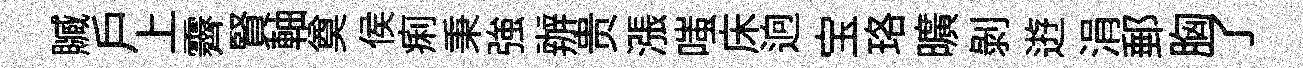
贓戶上霽賢軸奠侯痢秉強辦贵漲嗤床逈宝珞曠剝逰涓郵胸了